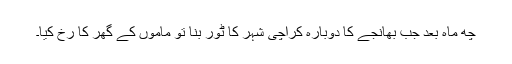
چھ ماہ بعد جب بھانجے کا دوبارہ کراچی شہر کا ٹور بنا تو ماموں کے گھر کا رُخ کیا۔